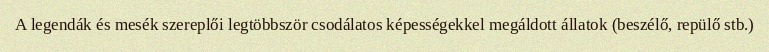
A legendák és mesék szereplői legtöbbször csodálatos képességekkel megáldott állatok (beszélő, repülő stb.)